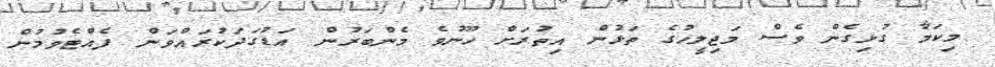
މިކަމާ ގުޅިގެން ވެސް މަޖިލީހުގެ ތަޅުން އިތުރަށް ހޫނުވެ މެންބަރުން އަޑުގަދަކުރައްވަން ފެއްޓެވުމުން